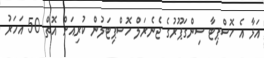
އަޅާ އެ ހޮސްޕިޓާ ސިންގަޕޫރުގެ ޖެނެރަލް ހޮސްޕިޓަލުން ކުރިއަށް އޮތް 50 އަހަރު